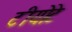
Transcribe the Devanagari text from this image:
टीयोटे